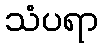
သံပရာ